画像に写った文字を読んでください
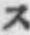
「ス」と書いてあります